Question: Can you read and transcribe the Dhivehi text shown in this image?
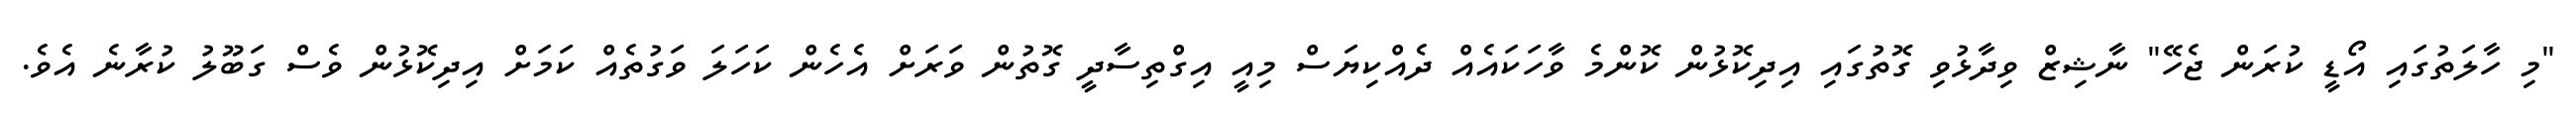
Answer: "މި ހާލަތުގައި އޯޑީ ކުރަން ޖެހޭ" ނާޝިޒް ވިދާޅުވި ގޮތުގައި އިދިކޮޅުން ކޮންމެ ވާހަކައެއް ދެއްކިޔަސް މިއީ އިގްތިސާދީ ގޮތުން ވަރަށް އެހެން ކަހަލަ ވަގުތެއް ކަމަށް އިދިކޮޅުން ވެސް ގަބޫލު ކުރާނެ އެވެ.